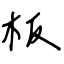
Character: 板